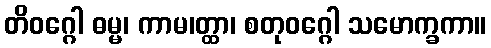
တိဝဂ္ဂေါ ဓမ္မ၊ ကာမ၊တ္ထာ၊ စတုဝဂ္ဂေါ သမောက္ခကာ။